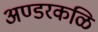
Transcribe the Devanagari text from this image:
अण्डरकळि